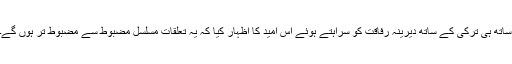
ساتھ ہی ترکی کے ساتھ دیرینہ رفاقت کو سراہتے ہوئے اس امید کا اظہار کیا کہ یہ تعلقات مسلسل مضبوط سے مضبوط تر ہوں گے۔